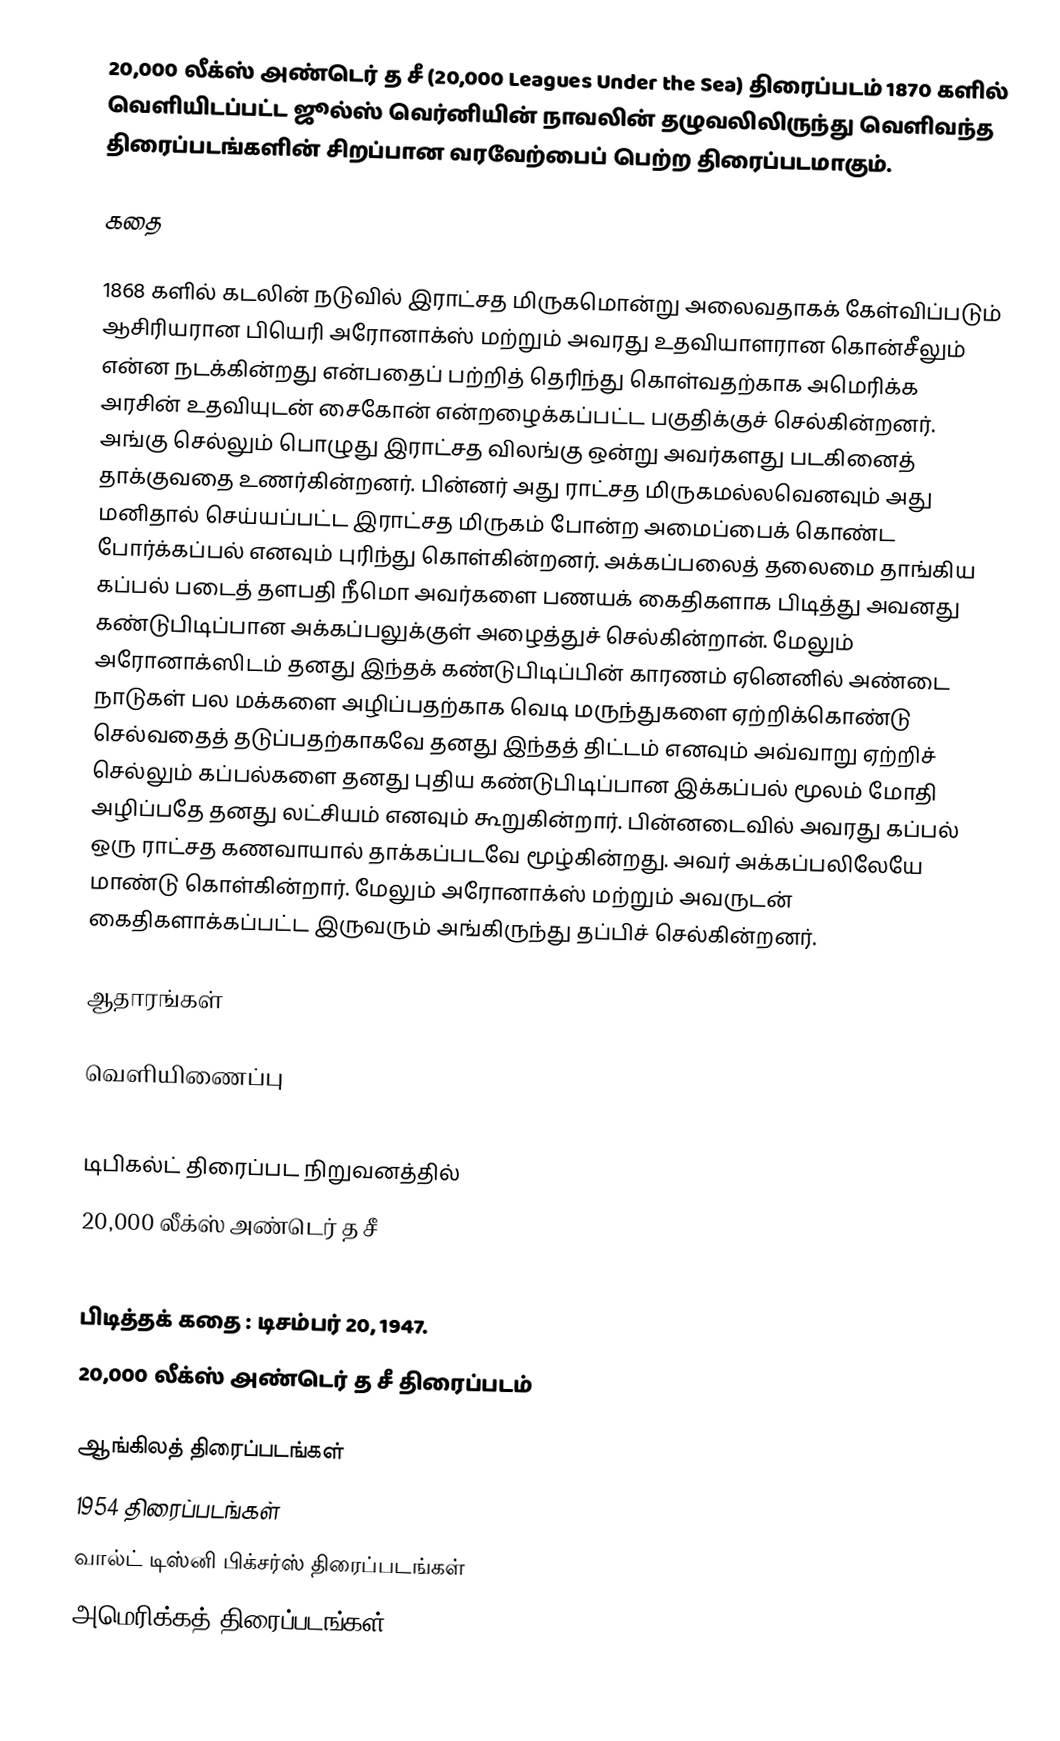
20,000 லீக்ஸ் அண்டெர் த சீ (20,000 Leagues Under the Sea) திரைப்படம் 1870 களில் வெளியிடப்பட்ட ஜூல்ஸ் வெர்னியின் நாவலின் தழுவலிலிருந்து வெளிவந்த திரைப்படங்களின் சிறப்பான வரவேற்பைப் பெற்ற திரைப்படமாகும்.

கதை

1868 களில் கடலின் நடுவில் இராட்சத மிருகமொன்று அலைவதாகக் கேள்விப்படும் ஆசிரியரான பியெரி அரோனாக்ஸ் மற்றும் அவரது உதவியாளரான கொன்சீலும் என்ன நடக்கின்றது என்பதைப் பற்றித் தெரிந்து கொள்வதற்காக அமெரிக்க அரசின் உதவியுடன் சைகோன் என்றழைக்கப்பட்ட பகுதிக்குச் செல்கின்றனர். அங்கு செல்லும் பொழுது இராட்சத விலங்கு ஒன்று அவர்களது படகினைத் தாக்குவதை உணர்கின்றனர். பின்னர் அது ராட்சத மிருகமல்லவெனவும் அது மனிதால் செய்யப்பட்ட இராட்சத மிருகம் போன்ற அமைப்பைக் கொண்ட போர்க்கப்பல் எனவும் புரிந்து கொள்கின்றனர். அக்கப்பலைத் தலைமை தாங்கிய கப்பல் படைத் தளபதி நீமொ அவர்களை பணயக் கைதிகளாக பிடித்து அவனது கண்டுபிடிப்பான அக்கப்பலுக்குள் அழைத்துச் செல்கின்றான். மேலும் அரோனாக்ஸிடம் தனது இந்தக் கண்டுபிடிப்பின் காரணம் ஏனெனில் அண்டை நாடுகள் பல மக்களை அழிப்பதற்காக வெடி மருந்துகளை ஏற்றிக்கொண்டு செல்வதைத் தடுப்பதற்காகவே தனது இந்தத் திட்டம் எனவும் அவ்வாறு ஏற்றிச் செல்லும் கப்பல்களை தனது புதிய கண்டுபிடிப்பான இக்கப்பல் மூலம் மோதி அழிப்பதே தனது லட்சியம் எனவும் கூறுகின்றார். பின்னடைவில் அவரது கப்பல் ஒரு ராட்சத கணவாயால் தாக்கப்படவே மூழ்கின்றது. அவர் அக்கப்பலிலேயே மாண்டு கொள்கின்றார். மேலும் அரோனாக்ஸ் மற்றும் அவருடன் கைதிகளாக்கப்பட்ட இருவரும் அங்கிருந்து தப்பிச் செல்கின்றனர்.

ஆதாரங்கள்

வெளியிணைப்பு

டிபிகல்ட் திரைப்பட நிறுவனத்தில்
20,000 லீக்ஸ் அண்டெர் த சீ

பிடித்தக் கதை : டிசம்பர் 20, 1947.
20,000 லீக்ஸ் அண்டெர் த சீ திரைப்படம்

ஆங்கிலத் திரைப்படங்கள்
1954 திரைப்படங்கள்
வால்ட் டிஸ்னி பிக்சர்ஸ் திரைப்படங்கள்
அமெரிக்கத் திரைப்படங்கள்